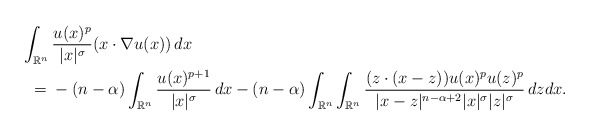
\begin{align*}\int_{\mathbb{R}^n} {} & \frac{u(x)^p}{|x|^{\sigma}}(x\cdot \nabla u(x))\,dx \\= {} & -(n-\alpha)\int_{\mathbb{R}^n}\frac{u(x)^{p+1}}{|x|^{\sigma}}\,dx - (n-\alpha)\int_{\mathbb{R}^n}\int_{\mathbb{R}^n} \frac{(z\cdot (x-z))u(x)^{p}u(z)^{p}}{|x-z|^{n-\alpha + 2}|x|^{\sigma}|z|^{\sigma}}\,dz dx.\end{align*}